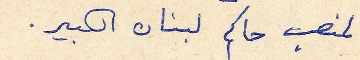
لمنصب حاكم لبنان الكبير.